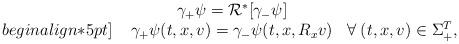
LaTeX: \begin{align*} \begin{array}{rcl} & \gamma_+ \psi = \mathcal{R^*}\!\left[\gamma_- \psi\right] & \\begin{align*}5pt] \; & \gamma_+ \psi(t,x,v) = \gamma_- \psi(t,x,R_x v) & \forall\; (t,x,v)\in\Sigma_{+}^{ T}, \end{array} \end{align*}